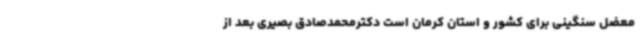
معضل سنگینی برای کشور و استان کرمان است دکترمحمدصادق بصیری بعد از